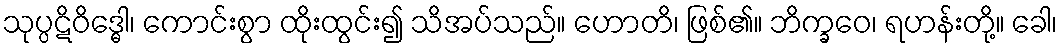
သုပ္ပဋိဝိဒ္ဓေါ၊ ကောင်းစွာ ထိုးထွင်း၍ သိအပ်သည်။ ဟောတိ၊ ဖြစ်၏။ ဘိက္ခဝေ၊ ရဟန်းတို့။ ခေါ၊